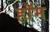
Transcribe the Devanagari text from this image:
हॉम